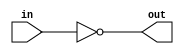
module coreir_not #(
    parameter width = 1
) (
    input [width-1:0] in,
    output [width-1:0] out
);
  assign out = ~in;
endmodule

module coreir_add #(
    parameter width = 1
) (
    input [width-1:0] in0,
    input [width-1:0] in1,
    output [width-1:0] out
);
  assign out = in0 + in1;
endmodule

module corebit_not (
    input in,
    output out
);
  assign out = ~in;
endmodule

module corebit_const #(
    parameter value = 1
) (
    output out
);
  assign out = value;
endmodule

module Add2_cin (
    input [1:0] I0,
    input [1:0] I1,
    output [1:0] O,
    input CIN
);
wire bit_const_0_None_out;
wire [1:0] coreir_add2_inst0_out;
wire [1:0] coreir_add2_inst1_out;
corebit_const #(
    .value(1'b0)
) bit_const_0_None (
    .out(bit_const_0_None_out)
);
coreir_add #(
    .width(2)
) coreir_add2_inst0 (
    .in0(coreir_add2_inst1_out),
    .in1(I1),
    .out(coreir_add2_inst0_out)
);
wire [1:0] coreir_add2_inst1_in0;
assign coreir_add2_inst1_in0 = {bit_const_0_None_out,CIN};
coreir_add #(
    .width(2)
) coreir_add2_inst1 (
    .in0(coreir_add2_inst1_in0),
    .in1(I0),
    .out(coreir_add2_inst1_out)
);
assign O = coreir_add2_inst0_out;
endmodule

module Sub2_cin (
    input [1:0] I0,
    input [1:0] I1,
    output [1:0] O,
    input CIN
);
wire [1:0] Add2_cin_inst0_O;
wire [1:0] Invert2_inst0_out;
wire not_inst0_out;
Add2_cin Add2_cin_inst0 (
    .I0(I0),
    .I1(Invert2_inst0_out),
    .O(Add2_cin_inst0_O),
    .CIN(not_inst0_out)
);
coreir_not #(
    .width(2)
) Invert2_inst0 (
    .in(I1),
    .out(Invert2_inst0_out)
);
corebit_not not_inst0 (
    .in(CIN),
    .out(not_inst0_out)
);
assign O = Add2_cin_inst0_O;
endmodule